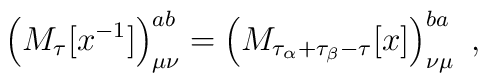
\left(M_{\tau}[x^{-1}]\right)^{ab}_{\mu\nu}  =  \left(M_{\tau_{\alpha}+\tau_{\beta}-\tau}[x]\right)^{ba}_{\nu\mu}\ ,